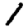
Digit: 1